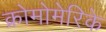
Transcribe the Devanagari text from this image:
क्रोमोमेरिके